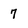
Character: 7